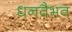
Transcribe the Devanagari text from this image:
धनवैभव